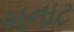
બનાટ